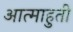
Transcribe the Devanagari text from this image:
आत्माहुती